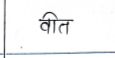
मजकूर: वीत